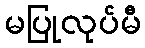
မပြုလုပ်မီ